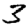
Digit: 3